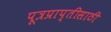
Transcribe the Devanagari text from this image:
पूत्रप्राप्तीसाठी